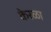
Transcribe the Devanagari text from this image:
केरळा